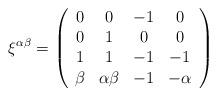
LaTeX: \begin{align*} \xi^{\alpha\beta}=\left( \begin{array}{cccc} 0 & 0 & -1 & 0 \\ 0 & 1 & 0 & 0 \\ 1 & 1 & -1 & -1 \\ \beta & \alpha\beta & -1 & -\alpha \\ \end{array} \right)\end{align*}